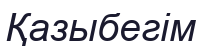
Қазыбегім